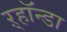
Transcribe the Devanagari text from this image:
ऱ्हॉन्डा